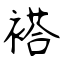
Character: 褡